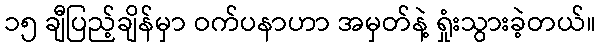
၁၅ ချီပြည့်ချိန်မှာ ဝက်ပနာဟာ အမှတ်နဲ့ ရှုံးသွားခဲ့တယ်။